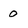
Character: 0